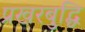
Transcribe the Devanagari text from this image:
प्रखरबुद्धि